Annual report of the Civil Veterinary Department, Bengal, for the year 1898-99 - 1898-1899
Year: 1898
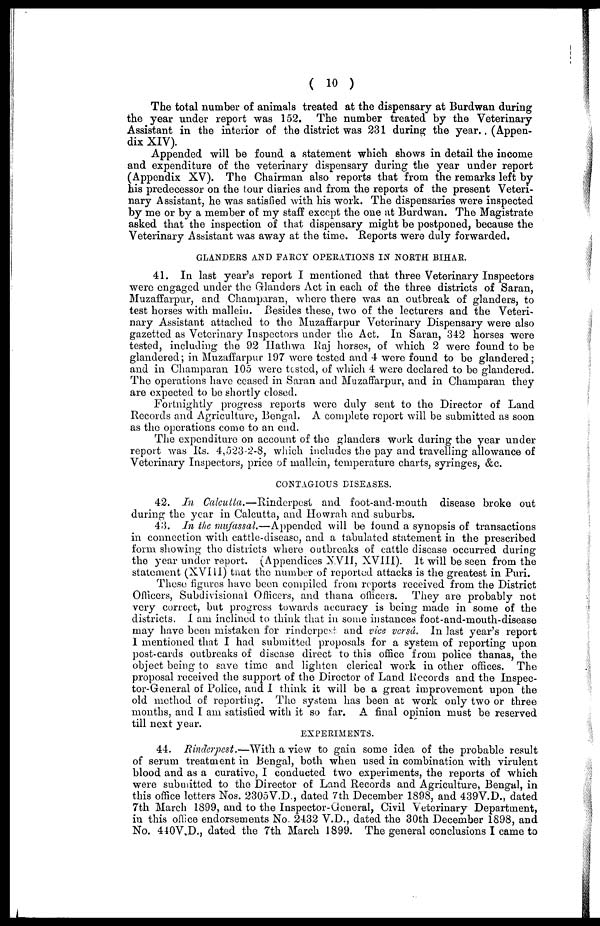
( 10 )
The total number of animals treated at the dispensary at Burdwan during
the year under report was 152. The number treated by the Veterinary
Assistant in the interior of the district was 231 during the year. (Appen-
dix XIV).
Appended will be found a statement which shows in detail the income
and expenditure of the veterinary dispensary during the year under report
(Appendix XV). The Chairman also reports that from the remarks left by
his predecessor on the tour diaries and from the reports of the present Veteri-
nary Assistant, he was satisfied with his work. The dispensaries were inspected
by me or by a member of my staff except the one at Burdwan. The Magistrate-
asked that the inspection of that dispensary might be postponed, because the
Veterinary Assistant was away at the time. Reports were duly forwarded.
GLANDERS AND FARCY OPEEATIONS IN NORTH BIHAR.
41. In last year's report I mentioned that three Veterinary Inspectors
were engaged under the Glanders Act in each of the three districts of Saran,
Muzaffarpur, and Champaran, where there was an outbreak of glanders, to
test horses with mallein. Besides these, two of the lecturers and the Veteri-
nary Assistant attached to the Muzaffarpur Veterinary Dispensary were also
gazetted as Veterinary Inspectors under the Act. In Saran, 342 horses were
tested, including the 92 Hathwa Raj horses, of which 2 were found to be
glandered; in Muzaffarpur 197 were tested and 4 were found to be glandered;
and in Champaran 105 were tested, of which 4 were declared to be glandered.
The operations have ceased in Saran and Muzaffarpur, and in Champaran they
are expected to be shortly closed.
Fortnightly progress reports were duly sent to the Director of Land
Records and Agriculture, Bengal. A complete report will be submitted as soon
as the operations come to an end.
The expenditure on account of the glanders work during the year under
report was Rs. 4,523-2-8, which includes the pay and travelling allowance of
Veterinary Inspectors, price of mallein, temperature charts, syringes, &c.
CONTAGIOUS DISEASES.
42. In Calcutta.—Rinderpest and foot-and-mouth disease broke out
during the year in Calcutta, and Howrah and suburbs.
43. In the mufassal.—Appended will be found a synopsis of transactions
in connection with cattle-disease, and a tabulated statement in the prescribed
form showing the districts where outbreaks of cattle disease occurred during
the year under report. (Appendices XVIII, XVIII). It will be seen from the
statement (XVIII) that the number of reported attacks is the greatest in Puri.
These figures have been compiled from reports received from the District
Officers, Subdivisional Officers, and thana officers. They are probably not
very correct, but progress towards accuracy is being made in some of the
districts. I am inclined to think that in some instances foot-and-mouth-disease
may have been mistaken for rinderpest and vicâ versa. In last year's report
I mentioned that I had submitted proposals for a system of reporting upon
post-cards outbreaks of disease direct to this office from police thanas, the
object being to save time and lighten clerical work in other offices. The
proposal received the support of the Director of Land Records and the Inspec-
tor-General of Police, and I think it will be a great improvement upon the
old method of reporting. The system has been at work only two or three
months, and I am satisfied with it so far. A final opinion must be reserved
till next year.
EXPERIMENTS.
44. Rinderpest.—With a view to gain some idea of the probable result
of serum treatment in Bengal, both when used in combination with virulent
blood and as a curative, I conducted two experiments, the reports of which
were submitted to the Director of Land Records and Agriculture, Bengal, in
this office letters Nos. 2305V.D., dated 7th December 1898, and 439V.D., dated
7th March 1899, and to the Inspector-General, Civil Veterinary Department,
in this office endorsements No. 2432 V.D., dated the 30th December 1898, and
No. 440V.D., dated the 7th March 1899. The general conclusions I came to